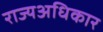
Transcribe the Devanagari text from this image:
राज्यअधिकार